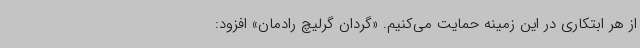
از هر ابتکاری در این زمینه حمایت می‌کنیم. «گردان گرلیچ رادمان» افزود: